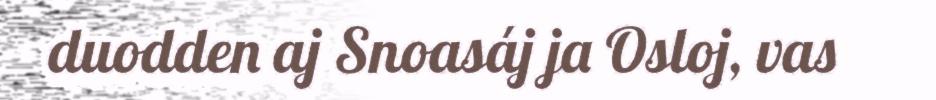
duodden aj Snoasáj ja Osloj, vas